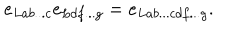
e _ { L a b . . . c } e _ { L d f . . . g } = e _ { L a b . . . c d f . . . g } . \nonumber